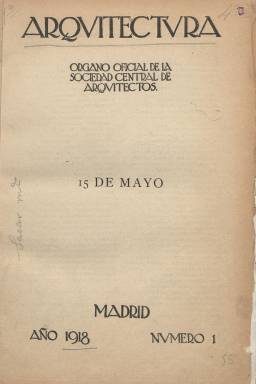
Título: Arquitectura (Madrid. 1918)
Colección: Arquitectura y construcción
Ámbito geográfico: Madrid
Lugar de publicación: Madrid
Fechas: 15/05/1918-31/05/1936

Revista mensual editada por la Sociedad Central de Arquitectos que marcó un hito en la historia del periodismo arquitectónico en España por su carácter ecléctico al hacerse eco de todo el debate que se producía en nuestro país respecto al urbanismo y la arquitectura. En su primer número figuró como director Gustavo Fernández Balbuena, quien dejó una profunda huella en la cultura urbanística madrileña, pero éste dimitió y quedó como alma de la publicación Leopoldo Torres Balbás, considerado casi el único teórico español de la arquitectura durante los años 20 y uno de los padres de la restauración monumental en España.

   La publicación, ampliamente ilustrada con fotografías, grabados, planos y dibujos, tuvo un papel fundamental en la difusión de la arquitectura europea de los años 20 y 30. Una estupenda síntesis de lo que significó esta revista en el panorama cultural español se puede leer en el libro 20 años de Arquitectura en Madrid. La edad de plata: 1918-1936, de Carlos de San Antonio Gómez, editado por la Comunidad de Madrid y que se puede consultar en línea:

   "‘Arquitectura’ ha sido testigo de la polémica búsqueda de lo español; apostó decididamente por la conservación del patrimonio; le interesó la información de los nuevos materiales y técnicas constructivas; participó en la solución de los problemas profesionales como la fundación de los Colegios Oficiales de Arquitectos; fomentó los Concursos de Arquitectura; se interesó por la enseñanza de la Arquitectura; abordó con rigor los temas de la historia del Arte y de la Arquitectura; introdujo las nuevas ideas sobre la Arquitectura y el Urbanismo que se difundían por Europa... En fin, hizo todo lo que cabía esperar de una revista en la que información, opinión y disertación teórica coexistían pacíficamente."

   La revista no se limitó a colaboraciones de los mejores arquitectos o urbanistas, tanto españoles como extranjeros, sino que en sus páginas tuvieron cabida artículos firmados por escritores como Azorín o Pío Baroja. En el número 2 de junio de 1918 se puede leer una descripción de Cuenca de este último escritor.

  El éxito de la publicación puede medirse en el gran número de anuncios que iban insertándose a medida que pasaban los años. En los últimos números puede verse publicidad de muchas industrias relacionadas con la construcción, el urbanismo o el mobiliario.

   La revista dedicó números especiales a algunas personalidades o temas. Así en mayo de 1935 se publicó uno dedicado al gran arquitecto del siglo XVIII Ventura Rodríguez, y un poco antes, en enero de ese mismo año, salió un especial dedicado al recién terminado Edificio Carrión, más conocido como Edificio Capitol, que era en ese momento lo más vanguardista de Madrid y que se ha convertido con el tiempo en un icono de la Gran Vía.

   Con motivo del centenario de la revista, el Colegio de Arquitectos de Madrid  digitalizó la publicación y puso a disposición de los interesados un instrumento muy útil para la búsqueda de autores y arquitectos tanto en la revista Arquitectura como en los títulos que la continuaron.

[Descripción publicada el 7/2/2020]